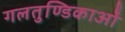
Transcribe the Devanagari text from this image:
गलतुण्डिकाओं